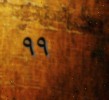
٩٩